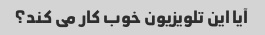
آیا این تلویزیون خوب کار می کند؟